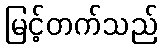
မြင့်တက်သည်